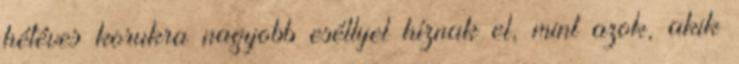
hétéves korukra nagyobb eséllyel híznak el, mint azok, akik